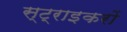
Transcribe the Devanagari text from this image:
स्ट्राइकरों